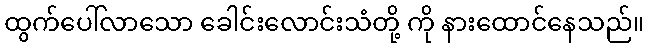
ထွက်ပေါ်လာသော ခေါင်းလောင်းသံတို့ ကို နားထောင်နေသည်။